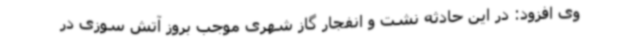
وی افزود: در این حادثه نشت و انفجار گاز شهری موجب بروز آتش سوزی در